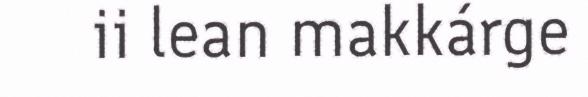
ii lean makkárge